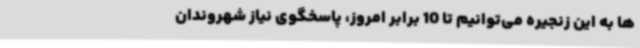
ها به این زنجیره می‌توانیم تا 10 برابر امروز، پاسخگوی نیاز شهروندان